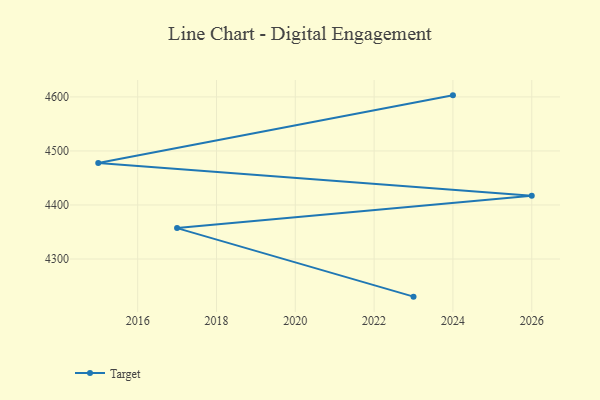
{"axis": {"x": "Year", "y": "Net Income (USD K)"}, "legend": ["Target"], "data": [{"x": "2024", "y": 4602.9, "type": "Target"}, {"x": "2015", "y": 4477.6, "type": "Target"}, {"x": "2026", "y": 4417.1, "type": "Target"}, {"x": "2017", "y": 4357.2, "type": "Target"}, {"x": "2023", "y": 4230.3, "type": "Target"}]}